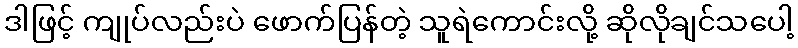
ဒါဖြင့် ကျုပ်လည်းပဲ ဖောက်ပြန်တဲ့ သူရဲကောင်းလို့ ဆိုလိုချင်သပေါ့